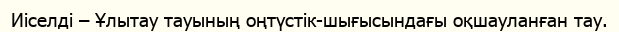
Иіселді – Ұлытау тауының оңтүстік-шығысындағы оқшауланған тау.